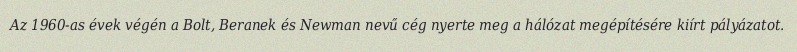
Az 1960-as évek végén a Bolt, Beranek és Newman nevű cég nyerte meg a hálózat megépítésére kiírt pályázatot.